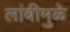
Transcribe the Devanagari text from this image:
लांबीमुळे